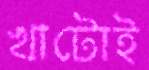
খাটোই